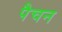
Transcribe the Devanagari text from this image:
पैचन